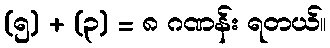
(၅) + (၃) = ၈ ဂဏန်း ရတယ်။